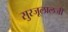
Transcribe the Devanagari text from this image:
सुरजूलालजी